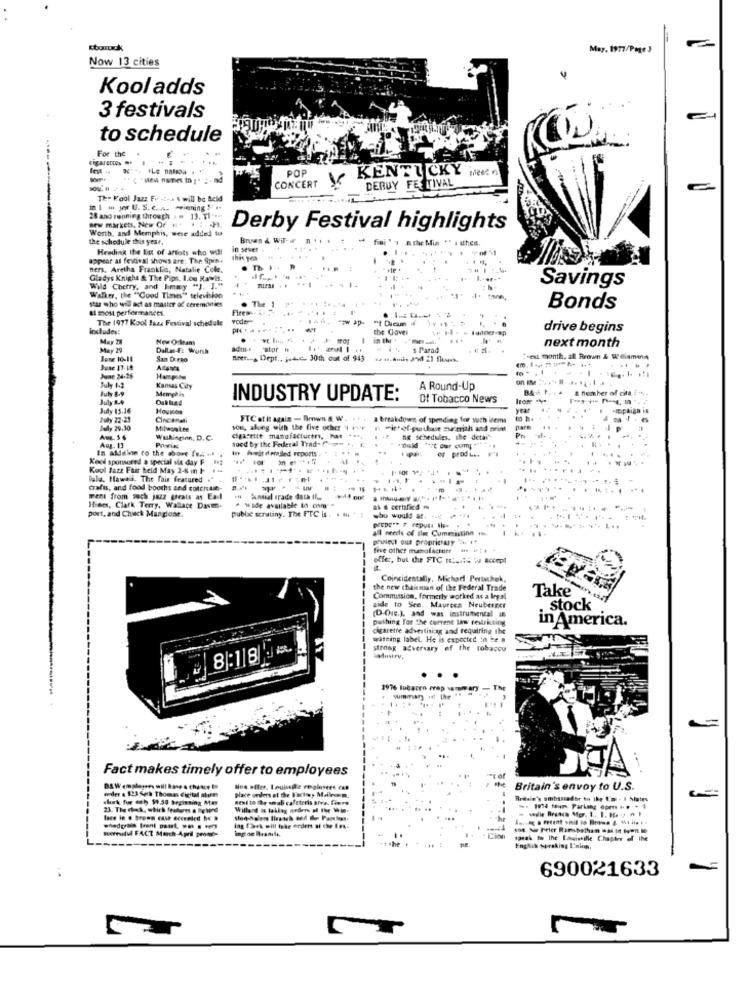
May. 1977/Page 3
Now 13 cities
Kool adds
3 festivals
to schedule
For the
cigarettes ms
POP
KENTUCKY wenn
CONCERT
DERUY FESTIVAL
The Kool Jazz Fest ... . will be held
in l - - U.S.c ... mining *.-
new markets, New Of .. . : H.
28 and running through & # 13. 11 ---
Worth, and Memphis, were added to
Derby Festival highlights
the schedule this year.
Brown & Wil-
Heading the list of anots who will
in sever
appear al festival shows are: The Spin.
this year
ners. Aretha Franklin, Natalie Cole.
Th
Gladys Knight & The Pips, Lou Rawls.
Wild Chetry, and Jimmy "J. J."
Savings
Waller, the ""Good Times" television
stur who will act as master of ceremonies
.. .....
Ll most performances.
. The 1
Bonds
The 1977 Kool Jazz Festival schedule
Foder
"t Dicum -
includes:
---
the Caves
drive begins
May 28
New Orleans
.
in the
next month
May 29
Dallas-F: Wonk
adm ..
ator #
s Parad
Jose 10-11
San Dorso
Beer. & Dept ., ;. 4.6. 30th out of 943
Next month, all Brown & Welama
June 24-26
Hampsom
July 142
Kansas City
Memphis
A Round-Up
a number of cita ! " ,.
July 8.9
July &.4
INDUSTRY UPDATE:
Of Tobacco News
July 15.16
Houses
vrat
.mipaiga
July 22-23
CincoRali
FTC of it again - Brown & W. .. .
a breakdown of spending for such items
July 29.30
son, along with the five ocher 1 1
r michof-puuutie surtrial and print
pare
...
Wulingm. D.C.
cigarette manufacturer, hat
sued by the Federal Trad- fly-
schedules, the detai"
Po
In addition to the shore fo.s +
Aug. 13
Print
In hvit deindled reports.
og product
Kool sponsored a special sle day F
Kool Jazz Fair held May 2-8 in I
... .......
lula, Hawas. The fais featured ."
crafts, and food booths zed colerain-
----
ment from such jazz greats as Eal
Hiem, Clark Terry, Wallace Daven-
. made available la com"
as & certafied
port, and Chuck Mangione.
public scrutiny. The FTC is. . ..
who would af+ +++
prepe". F reputa lip.
all needs of ile Cumeistinn In
peuleci ous proprietary
five other manufacturr .. ...
offer, but the FTC Hotels we accept
Coincidentally, Michad Partschok,
the new chairman of the Federal Trade
Commission, formerly worked as a legal
Take
aide to See. Maureen Neuberger
stock
(D-Orc.), and was instrumental in
pushing for the current law restricting
in America.
cigaretre advertising and requiring the
watcing label. He is expected to be a
strong adversary of the tobacco
81:1|8
-
Fact makes timely offer to employees
DiJA
erder . 123 Seca Thoms digital ahorn
Nos after. Louisele regiusers can
Britain's envoy to U.S.
churk for only $9.58 beginning May
Britain's ambassador to the 1 - 1 bylates
23. The diak, which features a Betre
Willand is taklag arder of the Win-
womitul FACT March-April pmqe-
Ing thek will the erder ai che 1 ex-
ing de Brandle.
speak to the Louisville Chapter of the
690021633